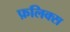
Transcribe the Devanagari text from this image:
फ़लिक्स